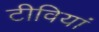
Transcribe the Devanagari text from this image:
टीवियां